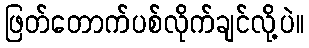
ဖြတ်တောက်ပစ်လိုက်ချင်လို့ပဲ။